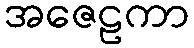
အဇေဠကာ